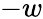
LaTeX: -w